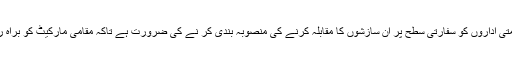
اس لیے حکومتی اداروں کو سفارتی سطح پر ان سازشوں کا مقابلہ کرنے کی منصوبہ بندی کر نے کی ضرورت ہے تاکہ مقامی مارکیٹ کو براہ راست فائدہ ہو۔